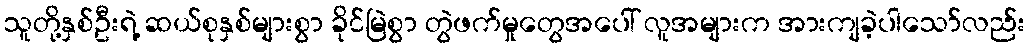
သူတို့နှစ်ဦးရဲ့ ဆယ်စုနှစ်များစွာ ခိုင်မြဲစွာ တွဲဖက်မှုတွေအပေါ် လူအများက အားကျခဲ့ပါသော်လည်း